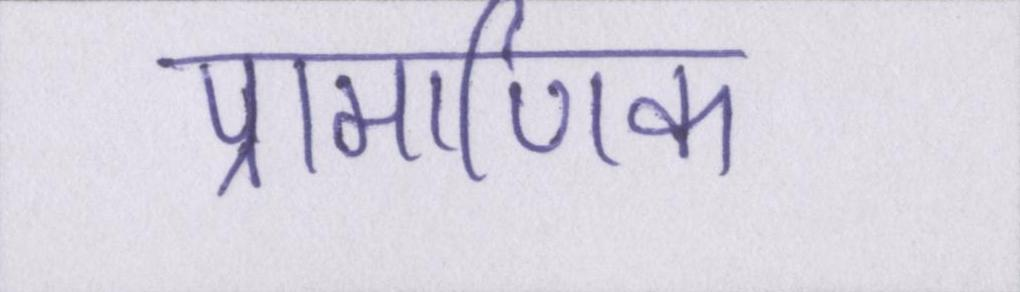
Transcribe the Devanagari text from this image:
प्रामाणिक